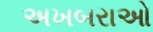
અખબરાઓ